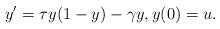
LaTeX: \begin{align*} y'=\tau y(1-y)-\gamma y,y(0)=u. \end{align*}